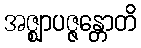
အဇ္ဈာပဇ္ဇန္တောတိ